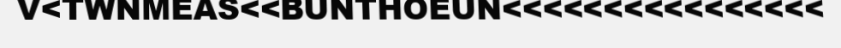
V<TWNMEAS<<BUNTHOEUN<<<<<<<<<<<<<<<<